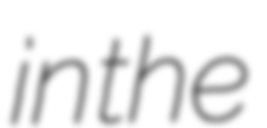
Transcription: in the